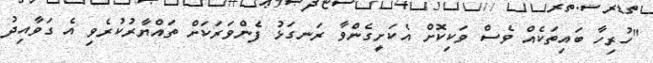
"ހުރިހާ ބައިތަކެއް ވެސް ވަކިކޮށް އެކަށީގެންވާ ރަނގަޅު ފެންވަރަކަށް ތައްޔާރުކުރެވި އެ ގަވާއިދު